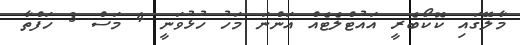
މާލޭގައި ކޮކޯބެރީ އައުޓްލެޓެއް އަންނަ މަހު ހުޅުވަނީ 4 މަސް 3 ހަފްތާ